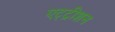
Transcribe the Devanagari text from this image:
एट्ट्रीशन